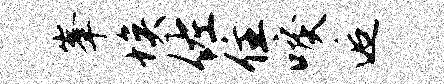
峰埃佐住唳逅